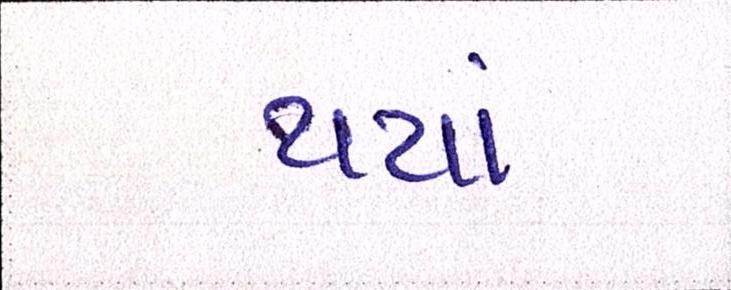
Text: થયાં